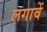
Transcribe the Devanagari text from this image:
लगावें